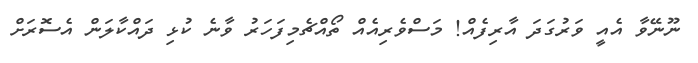
ނޫނޭވާ އެއީ ވަރުގަދަ އާރިފެއް! މަސްވެރިއެއް ތޯއްޗެމިފަހަރު ވާނެ ކުޅި ދައްކާލަން އެސޮރަށް